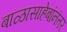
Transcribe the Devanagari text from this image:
बाळासाहेबांनंतर